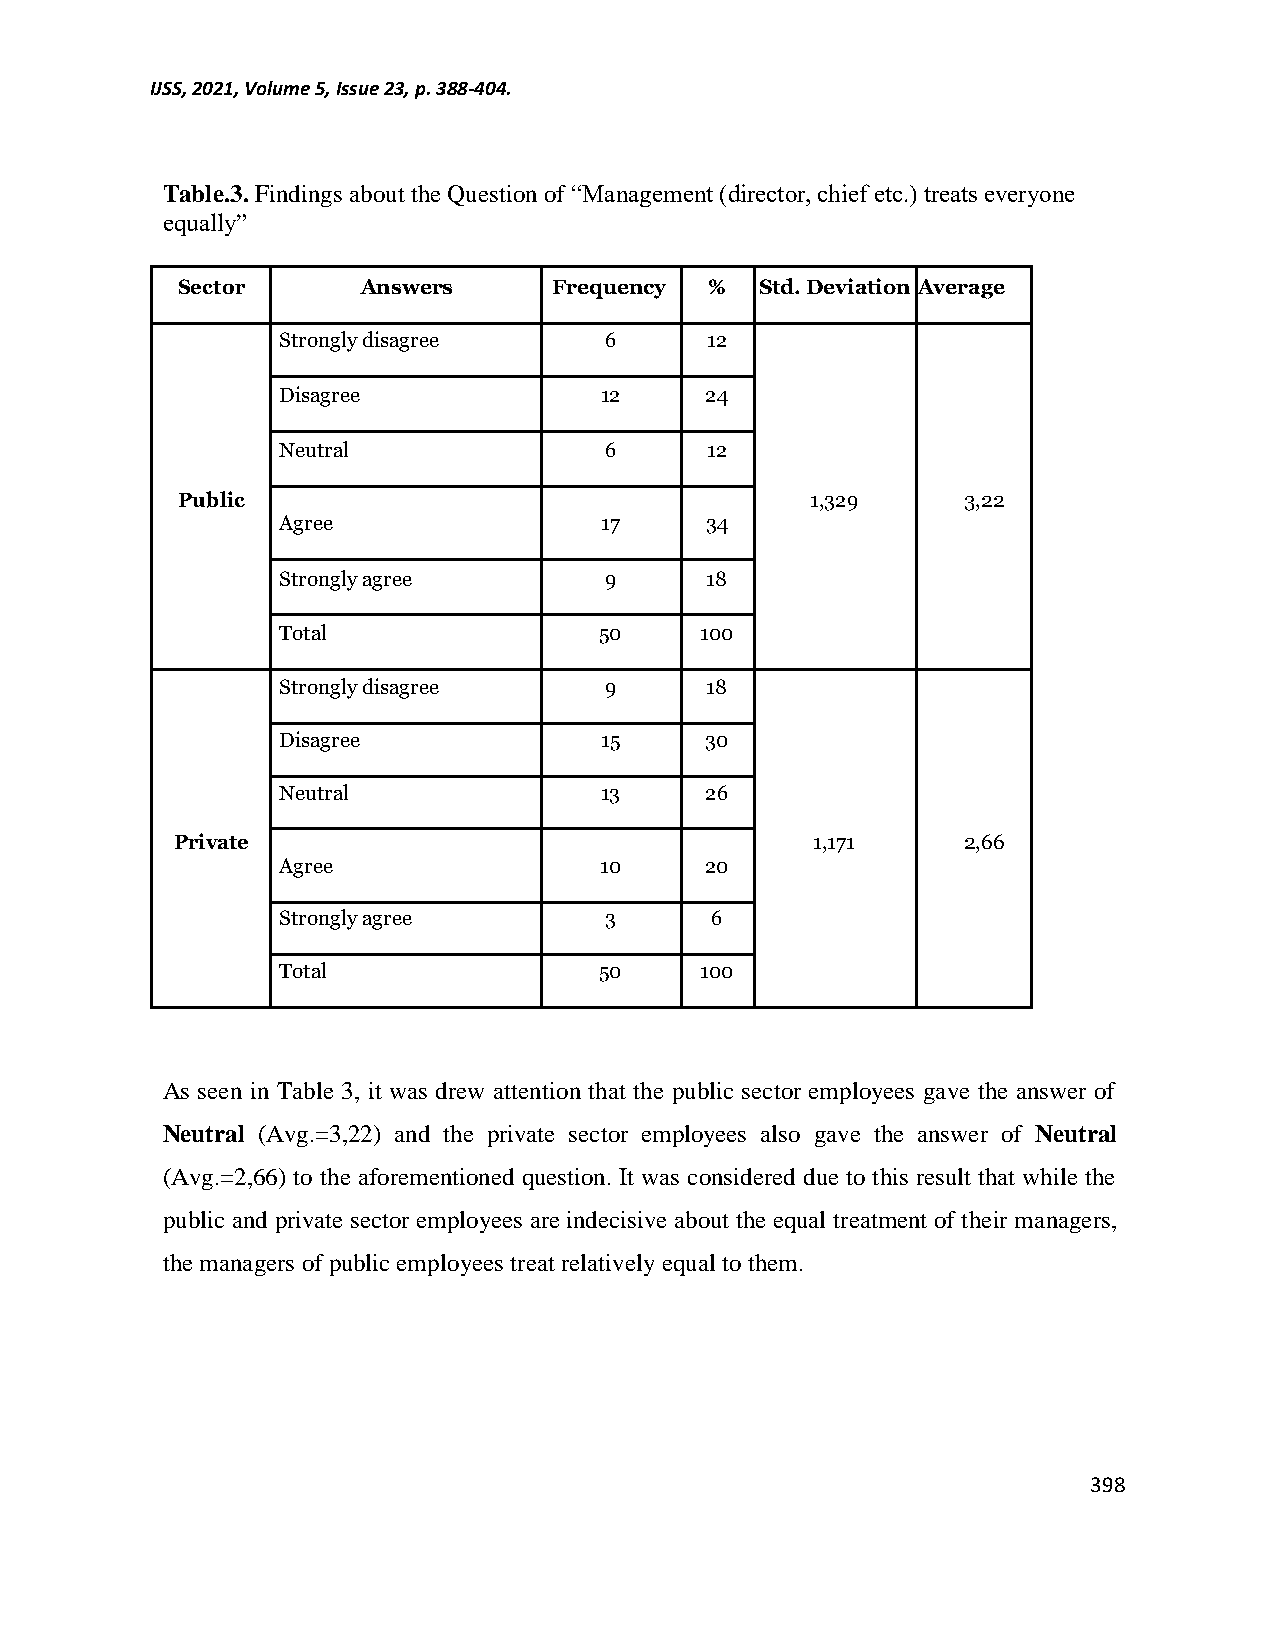
IJSS, 2021, Volume 5, Issue 23, p. 388-404.
 Table.3. Findings about the Question of “Management (director, chief etc.) treats everyone
 equally”
 Sector      Answers      Frequency %  Std. Deviation Average
 Strongly disagree     6      12
 Disagree              12     24
 Neutral               6      12
 Public                                    1,329     3,22
 Agree                 17     34
 Strongly agree        9      18
 Total                 50    100
 Strongly disagree     9      18
 Disagree              15     30
 Neutral               13     26
 Private                                   1,171     2,66
 Agree                 10     20
 Strongly agree        3      6
 Total                 50    100
 As seen in Table 3, it was drew attention that the public sector employees gave the answer of
 Neutral (Avg.=3,22) and the private sector employees also gave the answer of Neutral
 (Avg.=2,66) to the aforementioned question. It was considered due to this result that while the
 public and private sector employees are indecisive about the equal treatment of their managers,
 the managers of public employees treat relatively equal to them.
 398